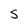
Character: S